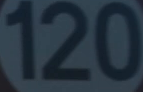
120